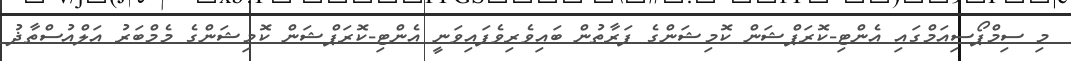
މި ސިމްޕޯސިއަމްގައި އެންޓި-ކޮރަޕްޝަން ކޮމިޝަންގެ ފަރާތުން ބައިވެރިވެފައިވަނީ އެންޓި-ކޮރަޕްޝަން ކޮމިޝަންގެ މެމްބަރު އަލްއުސްތާޛު